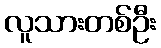
လူသားတစ်ဦး